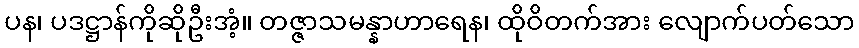
ပန၊ ပဒဋ္ဌာန်ကိုဆိုဦးအံ့။ တဇ္ဇာသမန္နာဟာရေန၊ ထိုဝိတက်အား လျောက်ပတ်သော